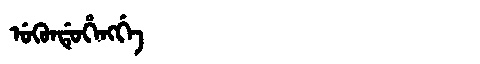
Manchu: ᡠᡴᡠᠨᡩᡠᡥᡝᠩᡤᡝ
Romanization: UKUNDUHENGGE